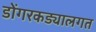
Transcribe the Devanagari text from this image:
डोंगरकड्यालगत